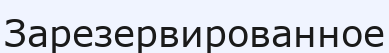
Зарезервированное